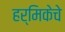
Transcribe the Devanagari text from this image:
हर्मिकेचे